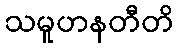
သမူဟနတီတိ